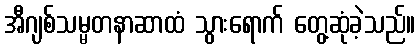
အီဂျစ်သမ္မတနာဆာထံ သွားရောက် တွေ့ဆုံခဲ့သည်။